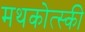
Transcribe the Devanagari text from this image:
मथकोत्स्की